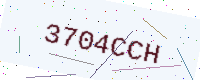
Text: 3704CCH